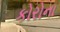
કોરોના